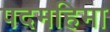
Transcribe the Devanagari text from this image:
पदमहिमा